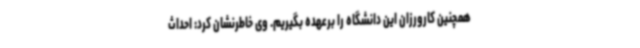
همچنین کارورزان این دانشگاه را برعهده بگیریم. وی خاطرنشان کرد: احداث